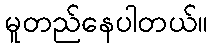
မူတည်နေပါတယ်။